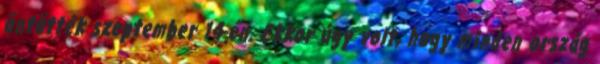
öntötték szeptember 14-én. Ekkor úgy volt, hogy minden ország